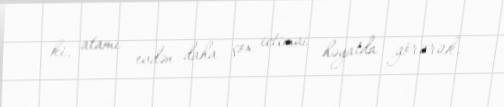
ki, atamı evdən daha çox ictimai həyatda görürük.